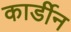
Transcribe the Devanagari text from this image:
कार्डीन